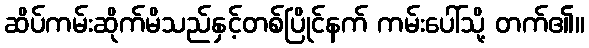
ဆိပ်ကမ်းဆိုက်မိသည်နှင့်တစ်ပြိုင်နက် ကမ်းပေါ်သို့ တက်၏။